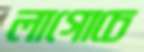
লাগোচে